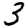
Digit: 3